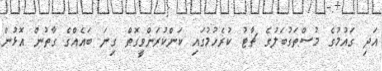
އަދި ގައުމުގެ މުސްތަގުބަލުގެ ޗާޓު ކުރެހުމުގައި ކަންކުރަންވީގޮތް ގިނަ ބައެއްގެ ގާތުން އޮޅުން